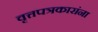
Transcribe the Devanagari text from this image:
वृत्तपत्रकारांना